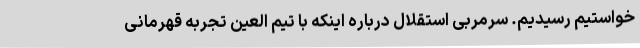
خواستیم رسیدیم. سرمربی استقلال درباره اینکه با تیم العین تجربه قهرمانی